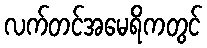
လက်တင်အမေရိကတွင်